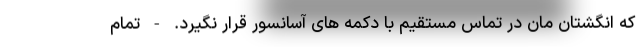
که انگشتان مان در تماس مستقیم با دکمه های آسانسور قرار نگیرد. - تمام